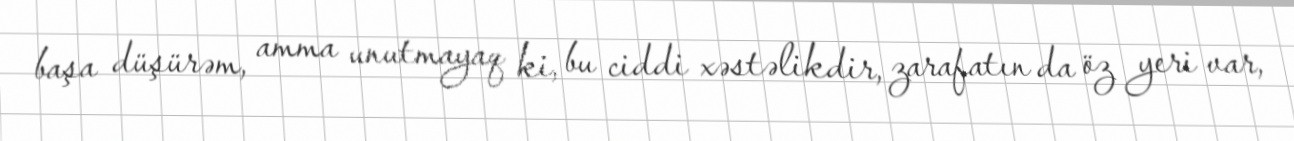
başa düşürəm, amma unutmayaq ki, bu ciddi xəstəlikdir, zarafatın da öz yeri var,